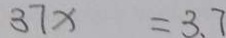
3 7 x = 3 . 7